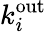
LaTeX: k_{i}^{\mathrm{{\mathrm{out}}}}